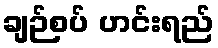
ချဉ်စပ် ဟင်းရည်